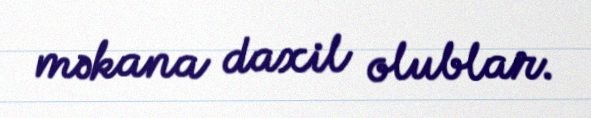
məkana daxil olublar.